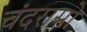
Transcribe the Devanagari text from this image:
चंदरासो